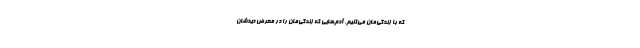
که با زندگی‌مان می‌کنیم، آدم‌هایی که زندگی‌مان را در معرض دیدشان